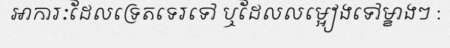
អាការៈដែលទ្រេតទេរទៅ ឬដែលលម្អៀងទៅម្ខាងៗ :